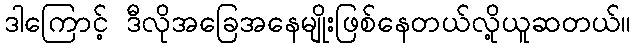
ဒါကြောင့် ဒီလိုအခြေအနေမျိုးဖြစ်နေတယ်လို့ယူဆတယ်။